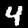
Digit: 4